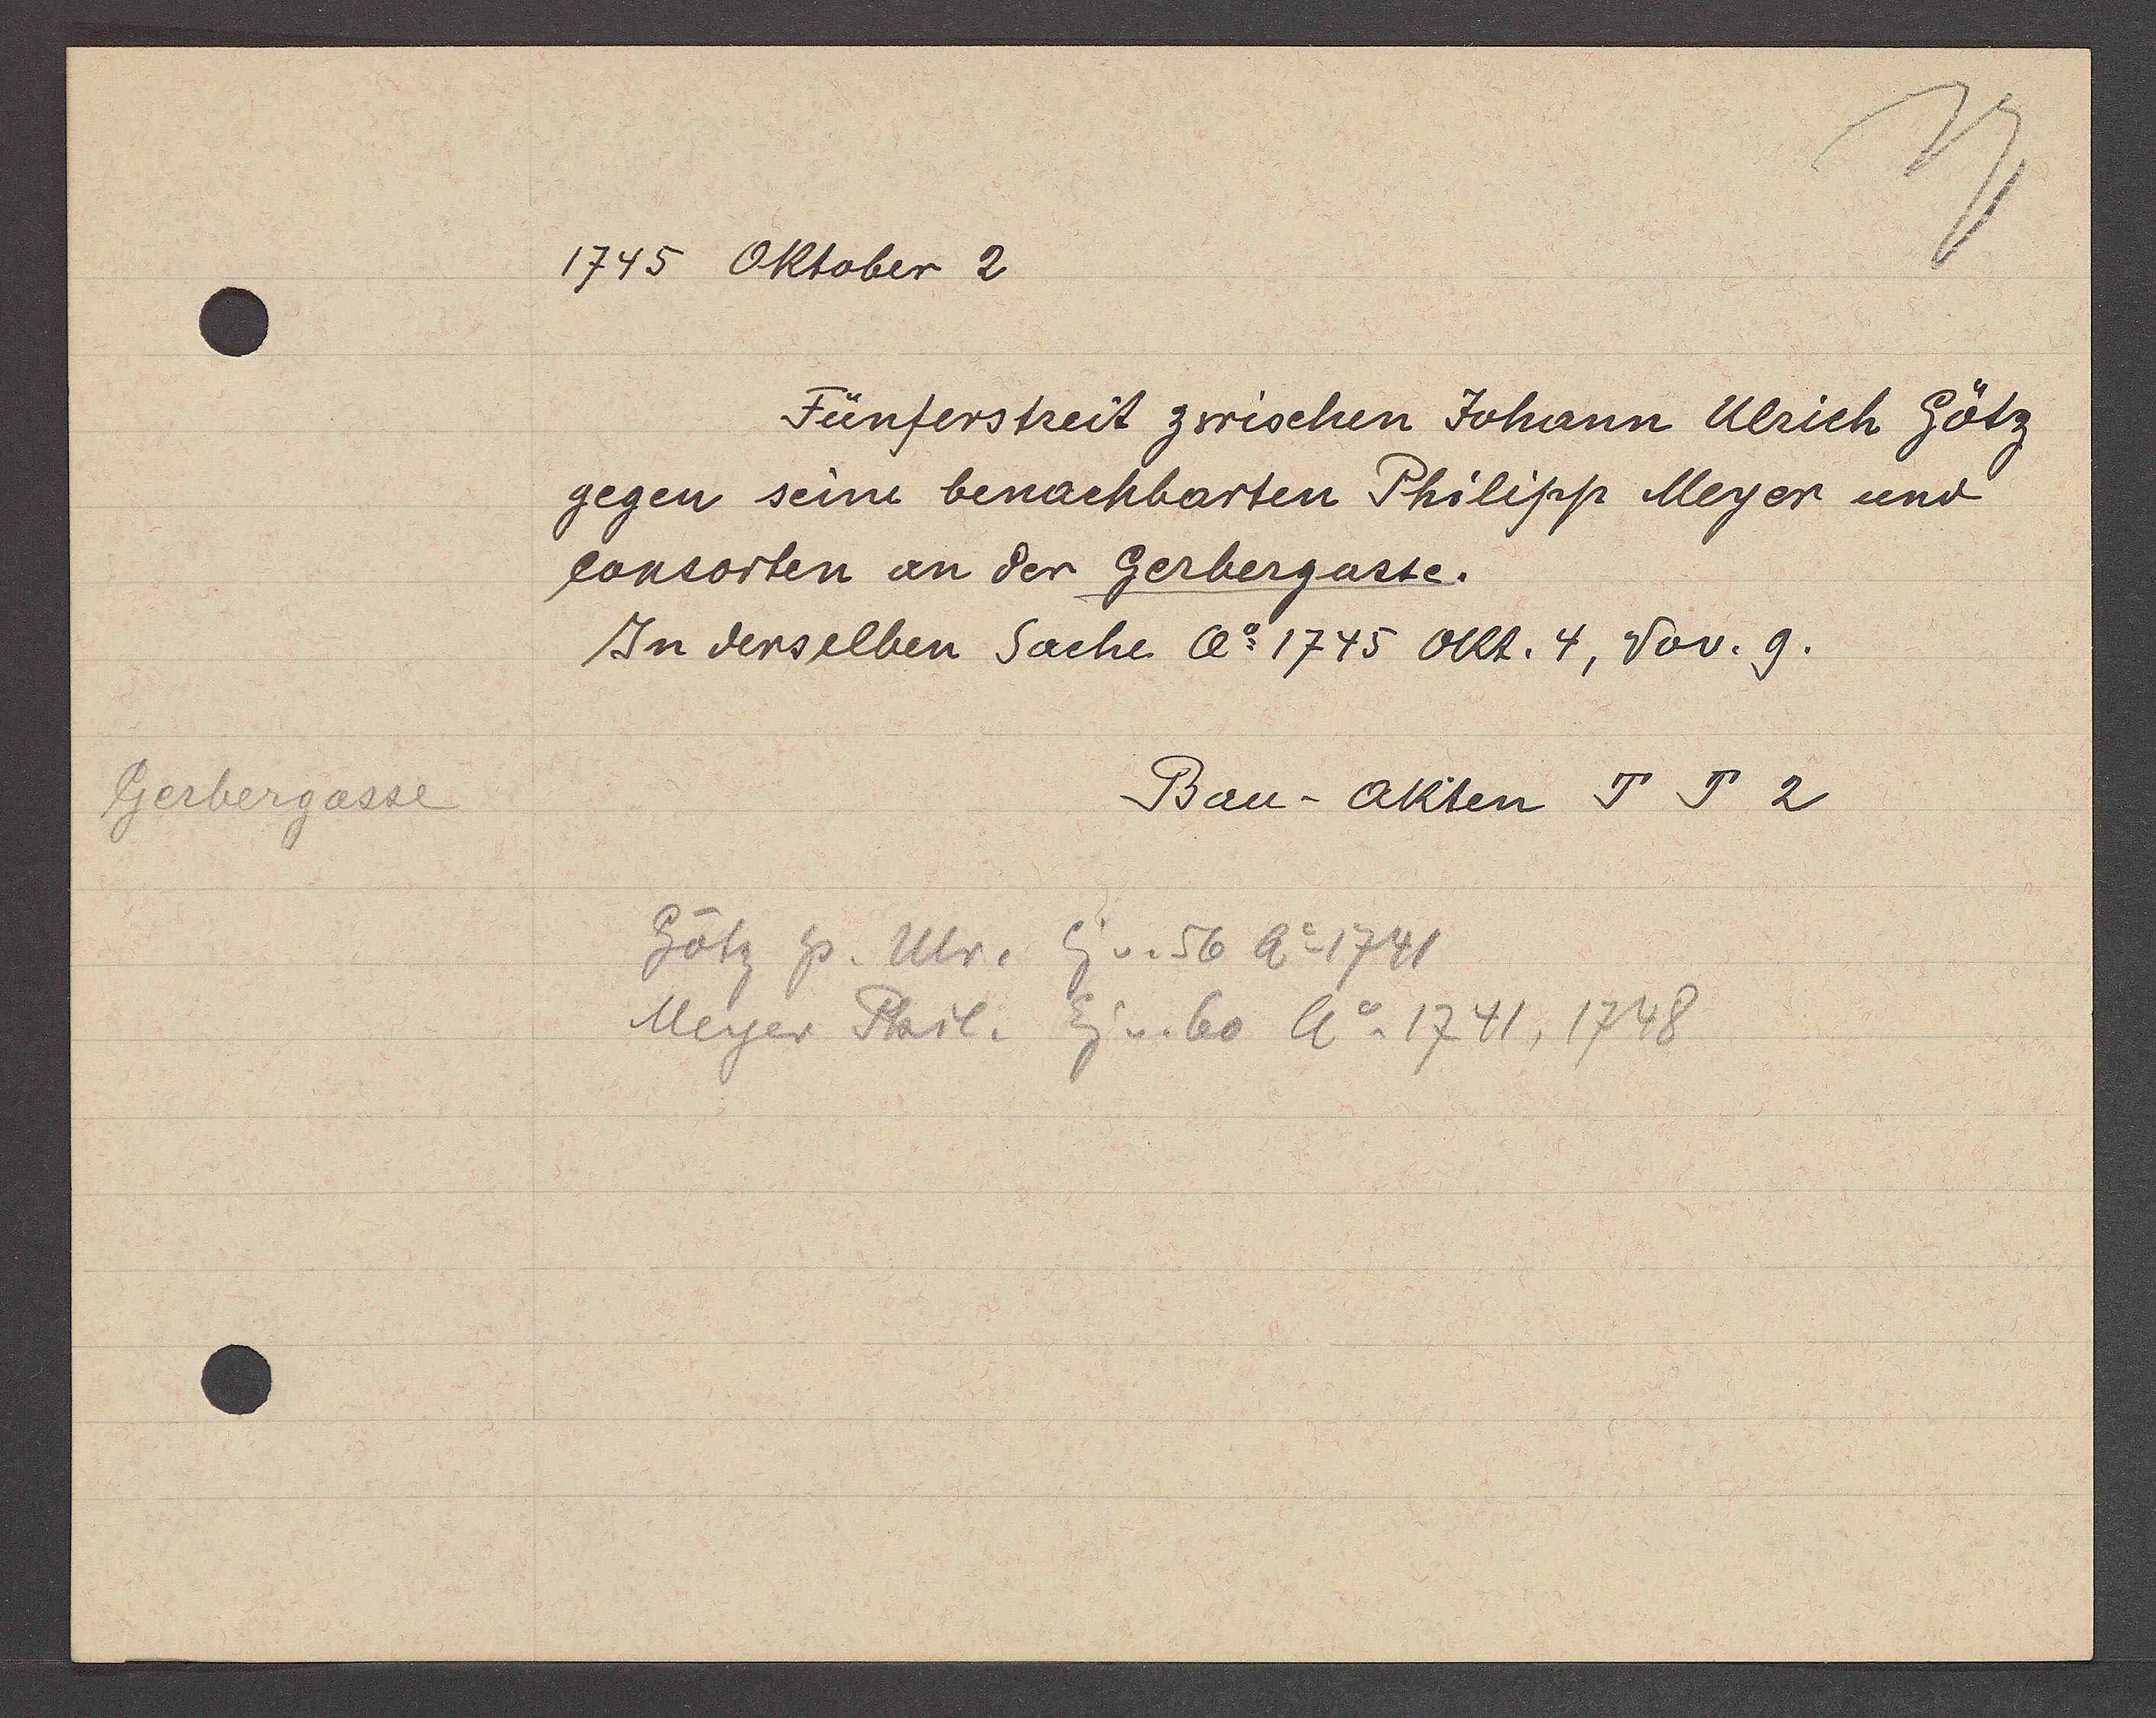
Transcript:
Gerbergasse

1745 Oktober 2

Fünferstreit zwischen Johann Ulrich Götz
gegen seine benachbarten Philipp Meyer und
consorten an der Gerbergasse.
In derselben Sache Ao 1745 Okt. 4, Nov. 9.

Bau-akten J J 2

Götz hs. Ulr. Eig v. 56 Ao 1741
Meyer Phil. Eig v. 60 Ao 1741, 1748